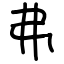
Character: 弗